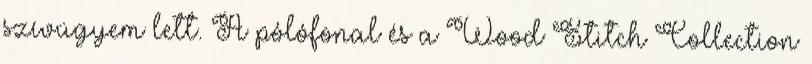
szívügyem lett. A pólófonal és a Wood Stitch Collection